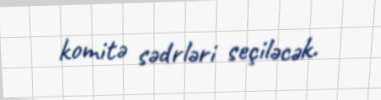
komitə sədrləri seçiləcək.